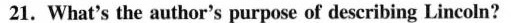
21. What's the author's purpose of describing Lincoln?